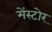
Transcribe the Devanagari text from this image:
मेंस्टोर